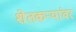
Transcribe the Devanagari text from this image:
शेतकर्‍यांवर